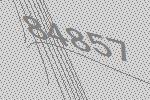
84857